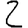
Digit: 2